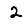
Digit: 2